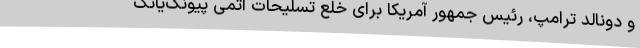
و دونالد ترامپ، رئیس جمهور آمریکا برای خلع تسلیحات اتمی پیونگ‌یانگ